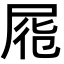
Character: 𡱹